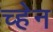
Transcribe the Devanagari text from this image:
च्हेन